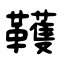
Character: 韄